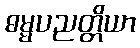
ဓမ္မပညတ္တိယာ